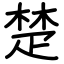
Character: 楚